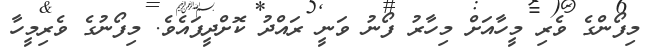
މިފޯންގެ ވެރި މީހާއަށް މިހާރު ފޯނު ވަނީ ރައްދު ކޮށްދީފައެވެ. މިފޯނުގެ ވެރިމީހާ